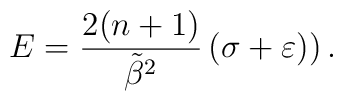
E=\frac{2(n+1)}{\tilde{\beta}^2}\left(\sigma+\varepsilon)\right).